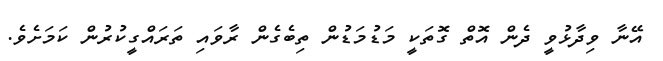
އޭނާ ވިދާޅުވީ ދެން އޮތް ގޮތަކީ މަޑުމަޑުން ތިބެގެން ރާވައި ތަރައްގީކުރުން ކަމަށެވެ.